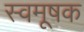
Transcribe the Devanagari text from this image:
स्वमूषक